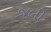
જલી